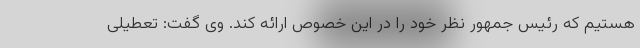
هستیم که رئیس جمهور نظر خود را در این خصوص ارائه کند. وی گفت: تعطیلی